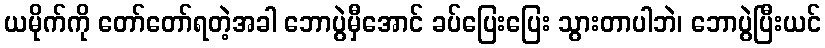
ယမိုက်ကို တော်တော်ရတဲ့အခါ ဘောပွဲမှီအောင် ခပ်ပြေးပြေး သွားတာပါဘဲ၊ ဘောပွဲပြီးယင်